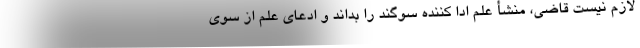
لازم نیست قاضی، منشأ علم ادا کننده سوگند را بداند و ادعای علم از سوی